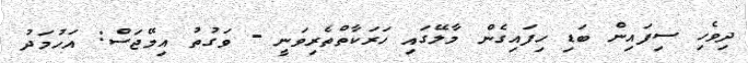
ދިވެހި ސިފައިން ބަޑި ހިފައިގެން މާލޭގައި ހަރަކާތްތެރިވަނީ - ވަގުތު އިމޭޖަސް: އަހުމަދު